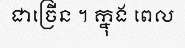
ជាច្រើន ។ ក្នុង ពេល